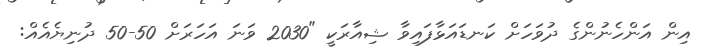
އިން އަންހެނުންގެ ދުވަހަށް ކަނޑައަޅާފައިވާ ޝިއާރަކީ "2030 ވަނަ އަހަރަށް 50-50 ދުނިޔެއެއް: